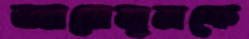
জানেমুলকে